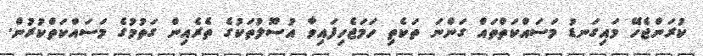
ކުރަންޖެހޭ މައިގަނޑު މަސައްކަތްތައް ގަންނަ ތަކެތި ހަމަޖެހިފައިވާ އުސޫލުތަކުގެ ތެރެއިން ގަތުމުގެ މަސައްކަތްކުރުން.